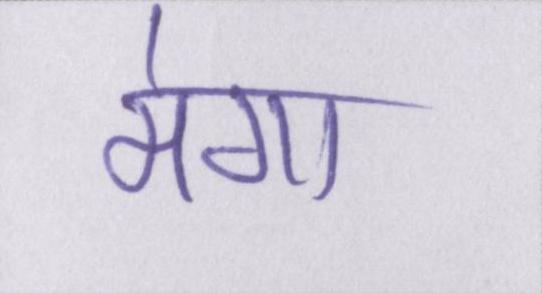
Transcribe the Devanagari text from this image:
मेगा